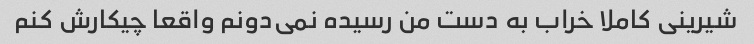
شیرینی کاملا خراب به دست من رسیده نمی‌دونم واقعا چیکارش کنم